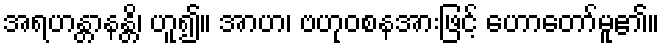
အရဟန္တာနန္တိ၊ ဟူ၍။ အာဟ၊ ဗဟုဝစနအားဖြင့် ဟောတော်မူ၏။